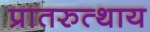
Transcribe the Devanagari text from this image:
प्रातरुत्थाय